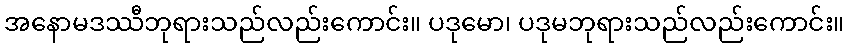
အနောမဒဿီဘုရားသည်လည်းကောင်း။ ပဒုမော၊ ပဒုမဘုရားသည်လည်းကောင်း။